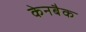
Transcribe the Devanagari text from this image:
केनबैक